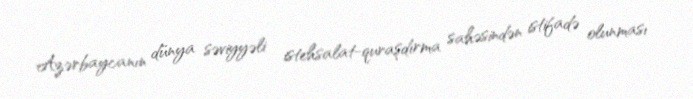
Azərbaycanın dünya səviyyəli istehsalat-quraşdırma sahəsindən istifadə olunması